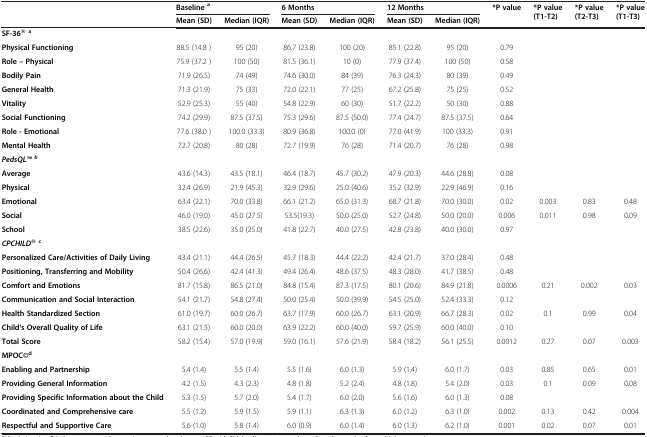
<table><thead><tr><td><b> </b></td><td colspan="2"><b>Baseline<sup>a</sup></b></td><td colspan="2"><b>6 Months</b></td><td colspan="2"><b>12 Months</b></td><td><b>*P value</b></td><td><b>*P value (T1-T2)</b></td><td><b>*P value (T2-T3)</b></td><td><b>*P value (T1-T3)</b></td></tr><tr><td><b> </b></td><td><b>Mean (SD)</b></td><td><b>Median (IQR)</b></td><td><b>Mean (SD)</b></td><td><b>Median (IQR)</b></td><td><b>Mean (SD)</b></td><td><b>Median (IQR)</b></td><td><b> </b></td><td><b> </b></td><td><b> </b></td><td><b> </b></td></tr></thead><tbody><tr><td><b>SF-36®</b><sup><b>a</b></sup></td><td> </td><td> </td><td> </td><td> </td><td> </td><td> </td><td> </td><td> </td><td> </td><td> </td></tr><tr><td><b>Physical Functioning</b></td><td>88.5 (14.8 )</td><td>95 (20)</td><td>86.7 (23.8)</td><td>100 (20)</td><td>85.1 (22.8)</td><td>95 (20)</td><td>0.79</td><td> </td><td> </td><td> </td></tr><tr><td><b>Role – Physical</b></td><td>75.9 (37.2 )</td><td>100 (50)</td><td>81.5 (36.1)</td><td>10 (0)</td><td>77.9 (37.4)</td><td>100 (50)</td><td>0.58</td><td> </td><td> </td><td> </td></tr><tr><td><b>Bodily Pain</b></td><td>71.9 (26.5)</td><td>74 (49)</td><td>74.6 (30.0)</td><td>84 (39)</td><td>76.3 (24.3)</td><td>80 (39)</td><td>0.49</td><td> </td><td> </td><td> </td></tr><tr><td><b>General Health</b></td><td>71.3 (21.9)</td><td>75 (33)</td><td>72.0 (22.1)</td><td>77 (25)</td><td>67.2 (25.8)</td><td>75 (25)</td><td>0.52</td><td> </td><td> </td><td> </td></tr><tr><td><b>Vitality</b></td><td>52.9 (25.3)</td><td>55 (40)</td><td>54.8 (22.9)</td><td>60 (30)</td><td>51.7 (22.2)</td><td>50 (30)</td><td>0.88</td><td> </td><td> </td><td> </td></tr><tr><td><b>Social Functioning</b></td><td>74.2 (29.9)</td><td>87.5 (37.5)</td><td>75.3 (29.6)</td><td>87.5 (50.0)</td><td>77.4 (24.7)</td><td>87.5 (37.5)</td><td>0.64</td><td> </td><td> </td><td> </td></tr><tr><td><b>Role - Emotional</b></td><td>77.6 (38.0 )</td><td>100.0 (33.3)</td><td>80.9 (36.8)</td><td>100.0 (0)</td><td>77.0 (41.9)</td><td>100 (33.3)</td><td>0.91</td><td> </td><td> </td><td> </td></tr><tr><td><b>Mental Health</b></td><td>72.7 (20.8)</td><td>80 (28)</td><td>72.7 (19.9)</td><td>76 (28)</td><td>71.4 (20.7)</td><td>76 (28)</td><td>0.98</td><td> </td><td> </td><td> </td></tr><tr><td><b><i>PedsQLTM</i></b><sup><b><i>b</i></b></sup> </td><td> </td><td> </td><td> </td><td> </td><td> </td><td> </td><td> </td><td> </td><td> </td><td> </td></tr><tr><td><b>Average</b></td><td>43.6 (14.3)</td><td>43.5 (18.1)</td><td>46.4 (18.7)</td><td>45.7 (30.2)</td><td>47.9 (20.3)</td><td>44.6 (28.8)</td><td>0.08</td><td> </td><td> </td><td> </td></tr><tr><td><b>Physical</b></td><td>32.4 (26.9)</td><td>21.9 (45.3)</td><td>32.9 (29.6)</td><td>25.0 (40.6)</td><td>35.2 (32.9)</td><td>22.9 (46.9)</td><td>0.16</td><td> </td><td> </td><td> </td></tr><tr><td><b>Emotional</b></td><td>63.4 (22.1)</td><td>70.0 (33.8)</td><td>66.1 (21.2)</td><td>65.0 (31.3)</td><td>68.7 (21.8)</td><td>70.0 (30.0)</td><td>0.02</td><td>0.003</td><td>0.83</td><td>0.48</td></tr><tr><td><b>Social</b></td><td>46.0 (19.0)</td><td>45.0 (27.5)</td><td>53.5(19.3)</td><td>50.0 (25.0)</td><td>52.7 (24.8)</td><td>50.0 (20.0)</td><td>0.006</td><td>0.011</td><td>0.98</td><td>0.09</td></tr><tr><td><b>School</b></td><td>38.5 (22.6)</td><td>35.0 (25.0)</td><td>41.8 (22.7)</td><td>40.0 (27.5)</td><td>42.8 (23.8)</td><td>40.0 (30.0)</td><td>0.97</td><td> </td><td> </td><td> </td></tr><tr><td><b><i>CPCHILD®</i></b><sup><b>c</b></sup></td><td> </td><td> </td><td> </td><td> </td><td> </td><td> </td><td> </td><td> </td><td> </td><td> </td></tr><tr><td><b>Personalized Care/Activities of Daily Living</b></td><td>43.4 (21.1)</td><td>44.4 (26.5)</td><td>45.7 (18.3)</td><td>44.4 (22.2)</td><td>42.4 (21.7)</td><td>37.0 (28.4)</td><td>0.48</td><td> </td><td> </td><td> </td></tr><tr><td><b>Positioning, Transferring and Mobility</b></td><td>50.4 (26.6)</td><td>42.4 (41.3)</td><td>49.4 (26.4)</td><td>48.6 (37.5)</td><td>48.3 (28.0)</td><td>41.7 (38.5)</td><td>0.48</td><td> </td><td> </td><td> </td></tr><tr><td><b>Comfort and Emotions</b></td><td>81.7 (15.8)</td><td>86.5 (21.0)</td><td>84.8 (15.4)</td><td>87.3 (17.5)</td><td>80.1 (20.6)</td><td>84.9 (21.8)</td><td>0.0006</td><td>0.21</td><td>0.002</td><td>0.03</td></tr><tr><td><b>Communication and Social Interaction</b></td><td>54.1 (21.7)</td><td>54.8 (27.4)</td><td>50.0 (25.4)</td><td>50.0 (39.9)</td><td>54.5 (25.0)</td><td>52.4 (33.3)</td><td>0.12</td><td> </td><td> </td><td> </td></tr><tr><td><b>Health Standardized Section</b></td><td>61.0 (19.7)</td><td>60.0 (26.7)</td><td>63.7 (17.9)</td><td>60.0 (26.7)</td><td>63.1 (20.9)</td><td>66.7 (28.3)</td><td>0.02</td><td>0.1</td><td>0.99</td><td>0.04</td></tr><tr><td><b>Child&#x27;s Overall Quality of Life</b></td><td>63.1 (21.5)</td><td>60.0 (20.0)</td><td>63.9 (22.2)</td><td>60.0 (40.0)</td><td>59.7 (25.9)</td><td>60.0 (40.0)</td><td>0.10</td><td> </td><td> </td><td> </td></tr><tr><td><b>Total Score</b></td><td>58.2 (15.4)</td><td>57.0 (19.9)</td><td>59.0 (16.1)</td><td>57.6 (21.9)</td><td>58.4 (18.2)</td><td>56.1 (25.5)</td><td>0.0012</td><td>0.27</td><td>0.07</td><td>0.003</td></tr><tr><td><b>MPOC©</b><sup><b>d</b></sup></td><td> </td><td> </td><td> </td><td> </td><td> </td><td> </td><td> </td><td> </td><td> </td><td> </td></tr><tr><td><b>Enabling and Partnership</b></td><td>5.4 (1.4)</td><td>5.5 (1.4)</td><td>5.5 (1.6)</td><td>6.0 (1.3)</td><td>5.9 (1.4)</td><td>6.0 (1.7)</td><td>0.03</td><td>0.85</td><td>0.65</td><td>0.01</td></tr><tr><td><b>Providing General Information</b></td><td>4.2 (1.5)</td><td>4.3 (2.3)</td><td>4.8 (1.8)</td><td>5.2 (2.4)</td><td>4.8 (1.8)</td><td>5.4 (2.0)</td><td>0.03</td><td>0.1</td><td>0.09</td><td>0.08</td></tr><tr><td><b>Providing Specific Information about the Child</b></td><td>5.3 (1.5)</td><td>5.7 (2.0)</td><td>5.4 (1.7)</td><td>6.0 (2.0)</td><td>5.6 (1.6)</td><td>6.0 (1.3)</td><td>0.08</td><td> </td><td> </td><td> </td></tr><tr><td><b>Coordinated and Comprehensive care</b></td><td>5.5 (1.2)</td><td>5.9 (1.5)</td><td>5.9 (1.1)</td><td>6.3 (1.3)</td><td>6.0 (1.2)</td><td>6.3 (1.0)</td><td>0.002</td><td>0.13</td><td>0.42</td><td>0.004</td></tr><tr><td><b>Respectful and Supportive Care</b></td><td>5.6 (1.0)</td><td>5.8 (1.4)</td><td>6.0 (0.9)</td><td>6.0 (1.4)</td><td>6.0 (1.3)</td><td>6.2 (1.0)</td><td>0.001</td><td>0.02</td><td>0.07</td><td>0.01</td></tr></tbody></table>